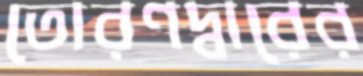
তোরণদ্বারের